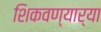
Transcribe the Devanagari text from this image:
शिकवण्यार्‍या